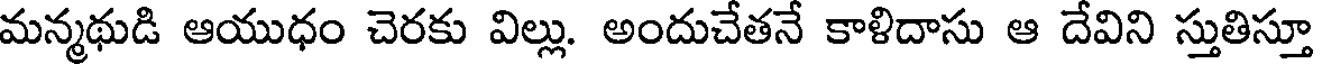
మన్మథుడి ఆయుధం చెరకు విల్లు. అందుచేతనే కాళిదాసు ఆ దేవిని స్తుతిస్తూ